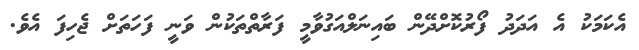
އެކަމަކު އެެ އަދަދު ފޯރުކޮށްދޭން ބައިނަލްއަގުވާމީ ފަރާތްތަކުން ވަނީ ފަހަތަށް ޖެހިފަ އެވެ.